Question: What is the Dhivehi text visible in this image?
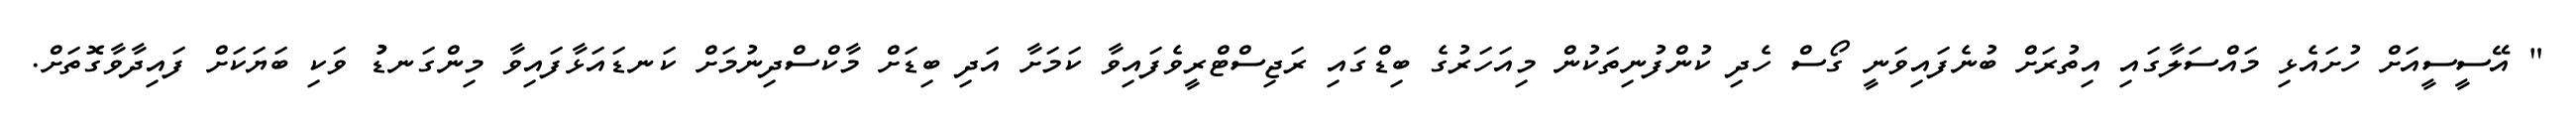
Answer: " އޭސީސީއަށް ހުށައެޅި މައްސަލާގައި އިތުރަށް ބުނެފައިވަނީ ގޯސް ހެދި ކުންފުނިތަކުން މިއަހަރުގެ ބިޑްގައި ރަޖިސްޓްރީވެފައިވާ ކަމަށާ އަދި ބިޑަށް މާކްސްދިނުމަށް ކަނޑައަޅާފައިވާ މިންގަނޑުު ވަކި ބަޔަކަށް ފައިދާވާގޮތަށް.